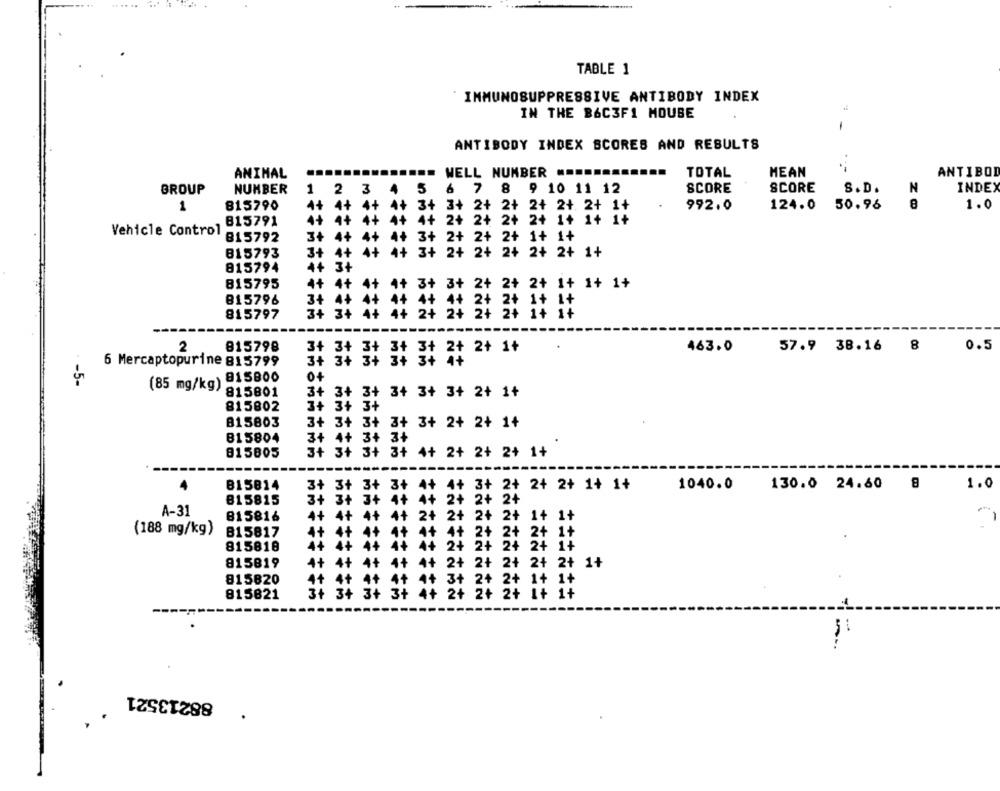
....
TABLE 1
IMMUNOSUPPRESSIVE ANTIBODY INDEX
IN THE B6C3F1 MOUSE
1
ANTIBODY INDEX SCORES AND RESULTS
ANIMAL
WELL NUMBER
...
TOTAL
MEAN
ANTIBOD
BROUP
NUMBER
1 2 3 4
4 5 6 7 8 9 10 11
6 7
8 9 10 11 12
SCORE
SCORE
S. D.
N
INDEX
1
815790
4+
992.0
124.0
50.96
1.0
4+ 4+ 34 3+ 2+ 2+ 2+ 2+ 2+
815791
4+ 4+ 4+ 4+ 2+ 2+ 2+ 2+ 1+ 14 1*
Vehicle Control
815792
3+ 4+
3+ 2+ 2+ 2+ 1+ 1+
4+ 4+
3+ 4+ 4+ 4+
815793
3+ 2+ 2+ 2+ 2+ 2+ 1+
815794
4+ 3+
815795
3+ 3+ 2+ 2+ 2+ 1+ 1+ 1+
4+ 4+ 4+
815796
3+ 4+ 4+ 4+ 4+ 4+ 2+ 2+ 1+ 1+
815797
3+ 3+
4+
2+ 2+ 2+ 2+ 1+ 17
2
815798
463.0
57.9 38.16 8
0.5
3+ 3+
3+ 3+ 2+ 2+ 1+
6 Mercaptopurine 815799
-5-
815800
0+
(85 mg/kg)
815801
3+ 3+ 3
+ 3+ 3+ 3+ 2+ 1+
815802
3+ 3+ 3+
815803
3+ 3+ 3+ 3+ 3+ 2+ 2+ 1+
81 5804
3+ 4+ 3+ 3+
815805
3+ 3+ 3+ 3+ 4+ 2+ 2+ 2+ 1+
31
B15814
3+
3+ 3+ 3+
2+ 2+ 2+ 1+ 1+
1040.0
130.0 24.60
1.0
815815
3+ 3+ 3+ 4+
A-31
2+
21
2+
14
81 5816
4+ 4+
4+ 4+
2+ 1+
(188 mg/kg)
B15817
4+ 2+ 2+
815818
2+ 24
24
2+
815819
4+
4+
2+
2+
2+ 2+ 2+ 1+
815820
4+
4+
3+
24
2+ 1+ 2+
3+
********
1+
815821
3+
2+
2+
2+ I+
88213521